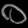
Digit: ၀